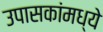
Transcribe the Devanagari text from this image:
उपासकांमध्ये